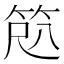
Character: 𫁽